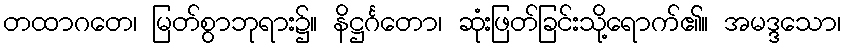
တထာဂတေ၊ မြတ်စွာဘုရား၌။ နိဋ္ဌင်္ဂတော၊ ဆုံးဖြတ်ခြင်းသို့ရောက်၏။ အမဒ္ဒသော၊